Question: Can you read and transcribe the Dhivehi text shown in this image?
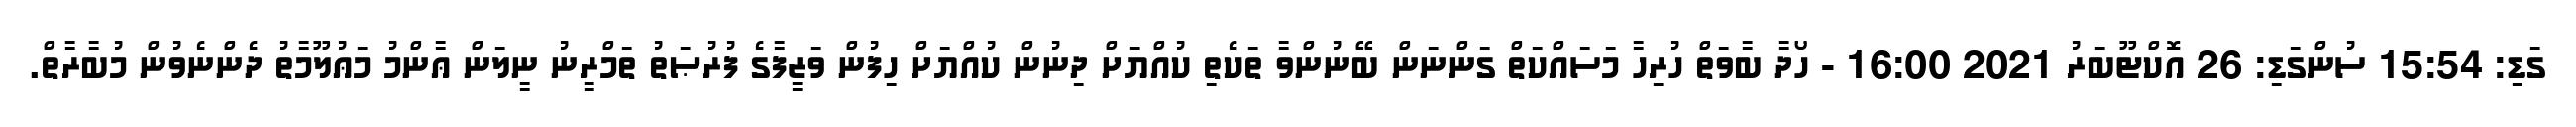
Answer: ގަޑި: 15:54 ސުންގަޑި: 26 އޮކްޓޫބަރު 2021 16:00 - ހޯދާ ބާވަތް ހުރިހާ މަސައްކަތް ގަންނަން ބޭނުންވާ ތަކެތި ކުއްޔަށް ދިނުން ކުއްޔަށް ހިފުން ވަޒީފާގެ ފުރުޞަތު ތަމްރީނު ނީލަން ޢާންމު މަޢުލޫމާތު ދެންނެވުން މުބާރާތް.